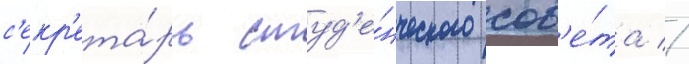
с'екр'ета́рь студ'е́нческого сов'е́та //